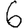
Digit: 6